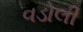
વડોલી